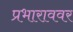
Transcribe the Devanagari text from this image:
प्रभाराववर